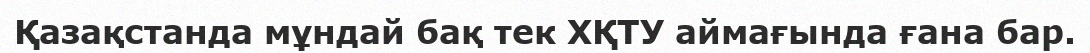
Қазақстанда мұндай бақ тек ХҚТУ аймағында ғана бар.